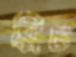
ব্রিচ